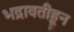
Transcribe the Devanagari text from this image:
भद्रावतीहून